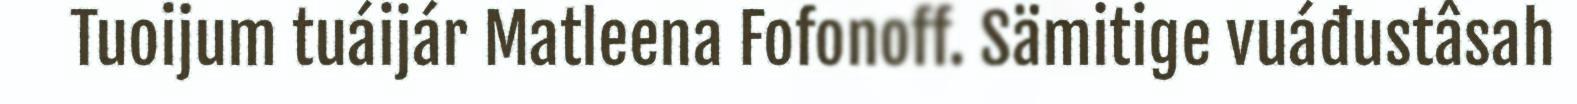
Tuoijum tuáijár Matleena Fofonoff. Sämitige vuáđustâsah